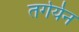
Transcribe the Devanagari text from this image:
तर्गर्यन